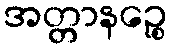
အတ္တာနဉ္စေ